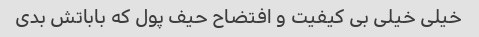
خیلی خیلی بی کیفیت و افتضاح حیف پول که باباتش بدی